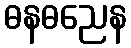
ဓနဓညေန